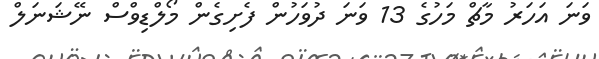
ވަނަ އަހަރު މާޗް މަހުގެ 13 ވަނަ ދުވަހުން ފެށިގެން މޯލްޑިވްސް ނޭޝަނަލް